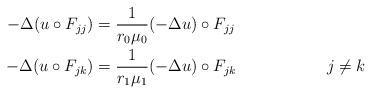
LaTeX: \begin{align*}-\Delta (u\circ F_{jj}) &= \frac{1}{r_0\mu_0} (-\Delta u)\circ F_{jj} \\-\Delta (u\circ F_{jk}) &= \frac{1}{r_1\mu_1} (-\Delta u)\circ F_{jk} && j\neq k\end{align*}